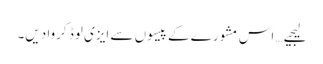
لیجیے… اس مشورے کے پیسوں سے ایزی لوڈ کروا دیں۔